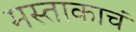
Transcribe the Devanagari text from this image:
मस्ताकाचं